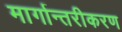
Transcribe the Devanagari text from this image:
मार्गान्तरीकरण